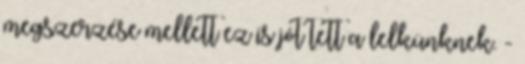
megszerzése mellett ez is jót tett a lelkünknek. -